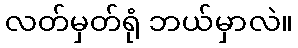
လတ်မှတ်ရုံ ဘယ်မှာလဲ။